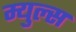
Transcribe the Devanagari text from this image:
म्युल्स